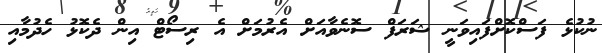
ނުކުޅެ ފަސްކޮށްފައިވަނީ ޝަރަފް ސޮނެވާއަށް އެރުމަށް އެ ރިސޯޓް އިން ދެކޮޅު ހެދުމާއި